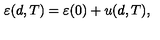
\varepsilon ( d , T ) = \varepsilon ( 0 ) + u ( d , T ) ,